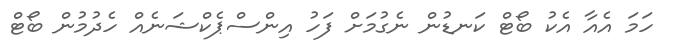
ހަމަ އެއާ އެކު ބޯޓް ކަނޑުން ނެގުމަށް ފަހު އިންސްޕެކްޝަނެއް ހެދުމުން ބޯޓް